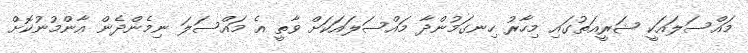
މައްސަލައަކީ ޝަރީއަތުގައި މިހާރު ހިނގަމުންދާ މައްސަލައަކަށް ވާތީ އެ މައްސަލަ ނިމެންދެން އާންމުނުކޮށް